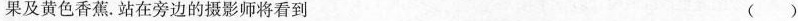
果及黄色香蕉。站在旁边的摄影师将看到 ()